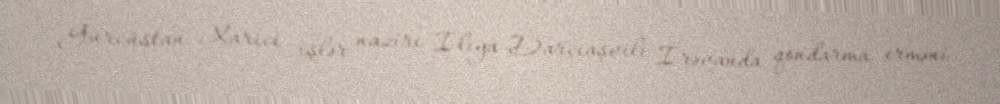
Gürcüstan Xarici işlər naziri İliya Darçiaşvili İrəvanda qondarma erməni